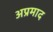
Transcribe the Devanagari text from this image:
अप्रमाद